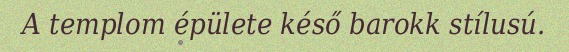
A templom épülete késő barokk stílusú.